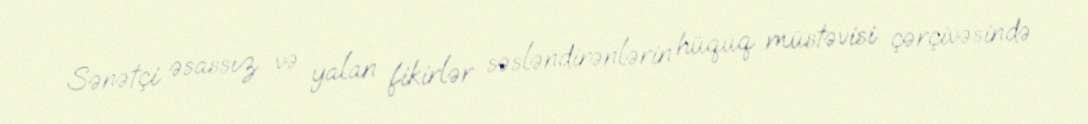
Sənətçi əsassız və yalan fikirlər səsləndirənlərin hüquq müstəvisi çərçivəsində